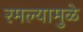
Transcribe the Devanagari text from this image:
रमल्यामुळे